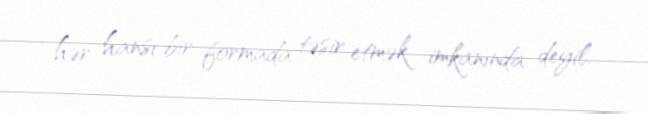
hər hansı bir formada təsir etmək imkanında deyil.